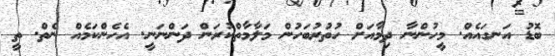
ބޮޑު އަނގައެއް. މީހުންނާ ދިމާއަށް ހުތުރުބަހުން މަލާމާތްކުރަން ދަންނަނީ. އެހެންކަމެއް ނެތް. ތީ